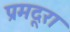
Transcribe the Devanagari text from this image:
प्रमदूरा